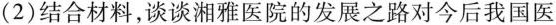
( 2 ) 结合材料，谈谈湘雅医院的发展之路对今后我国医